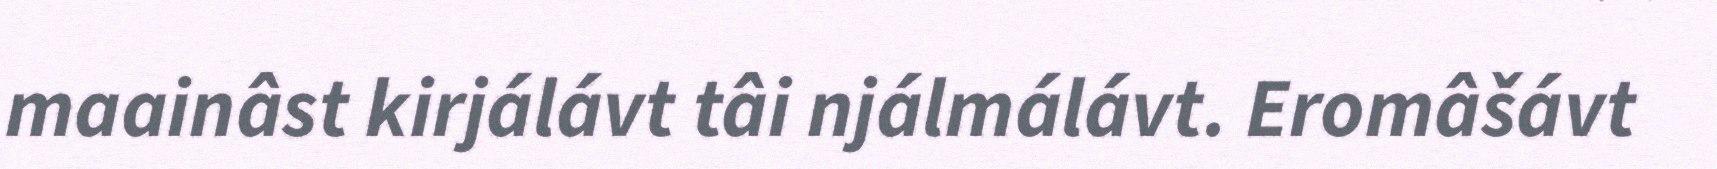
maainâst kirjálávt tâi njálmálávt. Eromâšávt